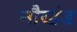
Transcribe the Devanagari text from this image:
नौखंड